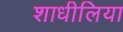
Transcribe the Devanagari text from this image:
शाधीलिया